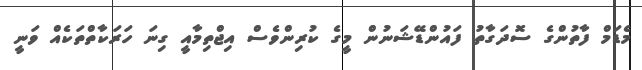
މެޑަމް ފާތުންގެ ސޮދަގާތު ފައުންޑޭޝަނުން މީގެ ކުރިންވެސް އިޖްތިމާއީ ގިނަ ހަރަކާތްތަކެއް ވަނީ